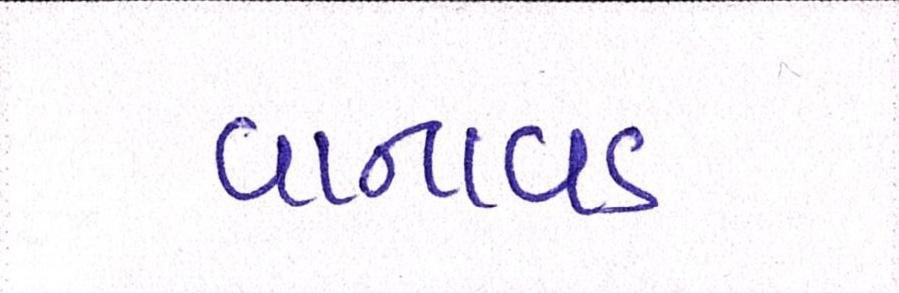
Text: વાનાવડ